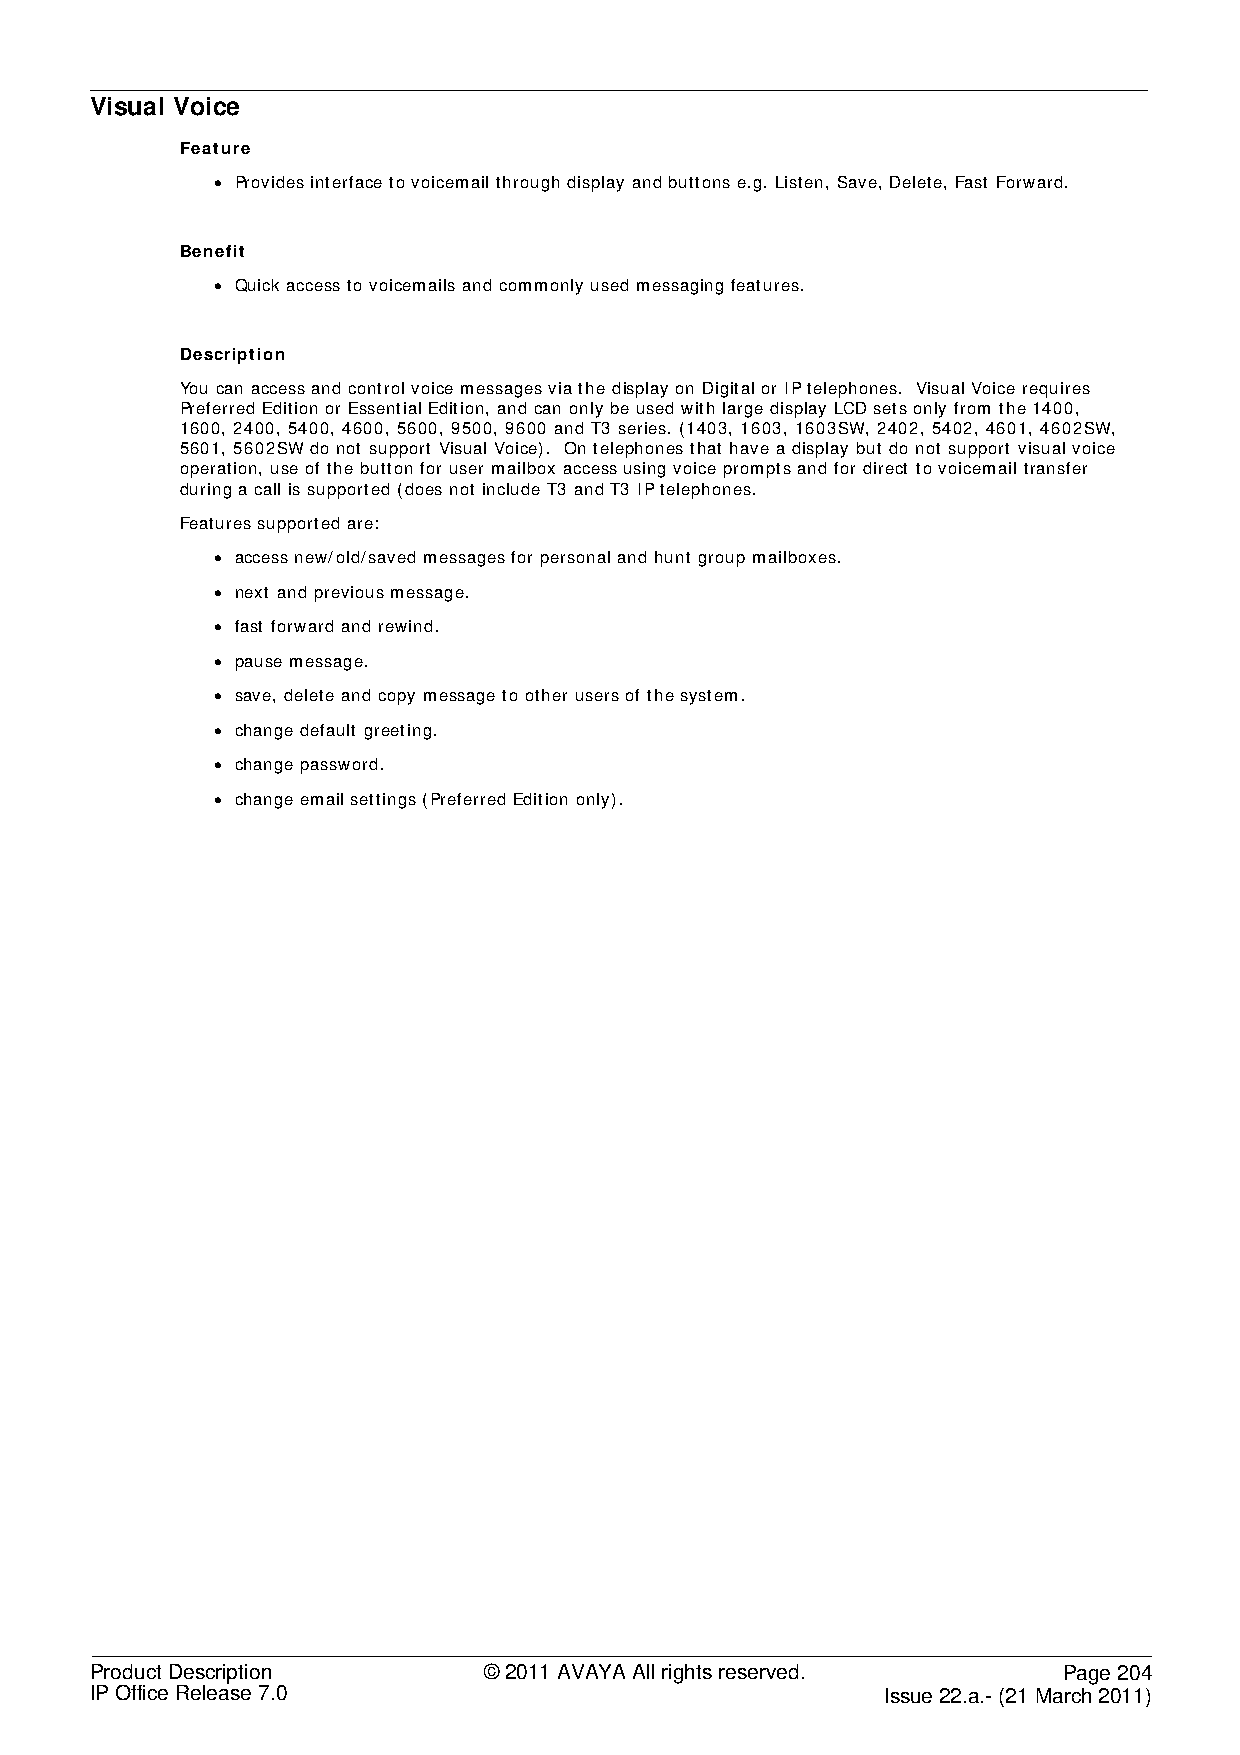
Visual Voice
 Feature
 • Provides interface to voicemail through display and buttons e.g. Listen, Save, Delete, Fast Forward.
 Benefit
 • Quick access to voicemails and commonly used messaging features.
 Description
 You can access and control voice messages via the display on Digital or IP telephones. Visual Voice requires
 Preferred Edition or Essential Edition, and can only be used with large display LCD sets only from the 1400,
 1600, 2400, 5400, 4600, 5600, 9500, 9600 and T3 series. (1403, 1603, 1603SW, 2402, 5402, 4601, 4602SW,
 5601, 5602SW do not support Visual Voice). On telephones that have a display but do not support visual voice
 operation, use of the button for user mailbox access using voice prompts and for direct to voicemail transfer
 during a call is supported (does not include T3 and T3 IP telephones.
 Features supported are:
 • access new/old/saved messages for personal and hunt group mailboxes.
 • next and previous message.
 • fast forward and rewind.
 • pause message.
 • save, delete and copy message to other users of the system.
 • change default greeting.
 • change password.
 • change email settings (Preferred Edition only).
 Product Description       © 2011 AVAYA All rights reserved.     Page 204
 IP Office Release 7.0                                Issue 22.a.- (21 March 2011)